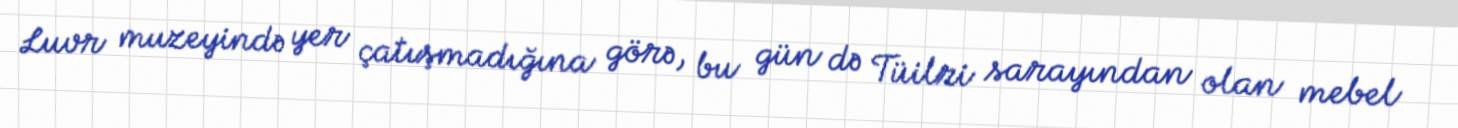
Luvr muzeyində yer çatışmadığına görə, bu gün də Tüilri sarayından olan mebel